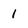
Character: 1